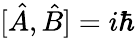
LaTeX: [{\hat{A}},{\hat{B}}]=i\hbar